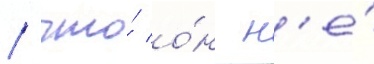
/ что́ о́н н'е́